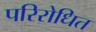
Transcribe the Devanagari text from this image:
परिरोधित